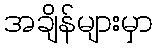
အချိန်များမှာ